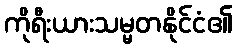
ကိုရီးယားသမ္မတနိုင်ငံ၏